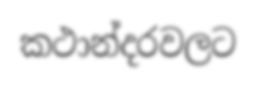
කථාන්දරවලට